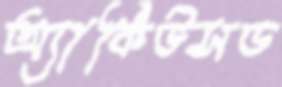
অ্যাকিউসড